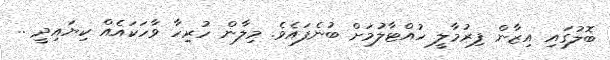
ބޮލުގައި އިޒާން ފިރުމާލީ ހުއްޓާލުމަށް ބުނެފައެވެ. މިލާން ހުރިހާ ވާހަކައެއް ކިޔައިދީ ..